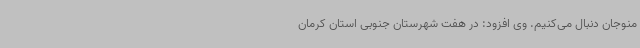
منوجان دنبال می‌کنیم. وی افزود: در هفت شهرستان جنوبی استان کرمان